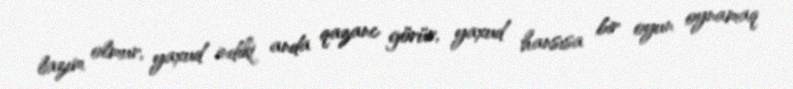
lazım olmur, yaxud indiki anda qazanc görür, yaxud hansısa bir oyun oynamaq